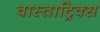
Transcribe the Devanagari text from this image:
वास्ताट्रिक्स